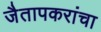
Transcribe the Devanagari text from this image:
जैतापकरांचा